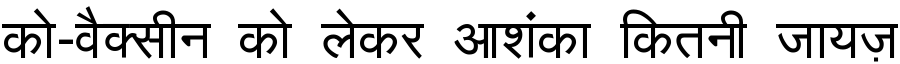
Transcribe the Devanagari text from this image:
को-वैक्सीन को लेकर आशंका कितनी जायज़